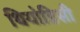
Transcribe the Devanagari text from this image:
थियोडिसी